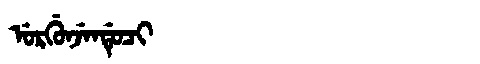
Manchu: ᡠᡵᡤᡠᠨᠵᡝᠨᡩᡠᠴᡳ
Romanization: URGUNJENDUCI